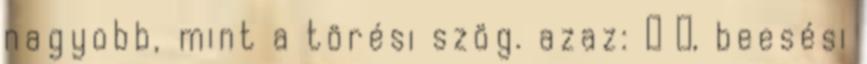
nagyobb, mint a törési szög. azaz: α β, beesési